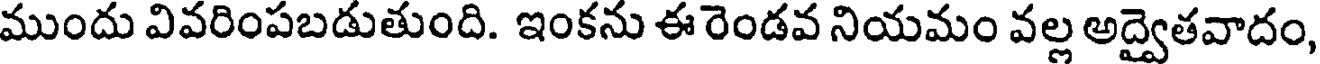
ముందు వివరింపబడుతుంది. ఇంకను ఈ రెండవ నియమం వల్ల అద్వైతవాదం,